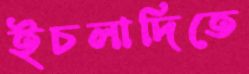
ইচলাদিতে